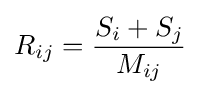
R_{ij}={\frac {S_{i}+S_{j}}{M_{ij}}}